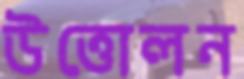
উত্তোলন